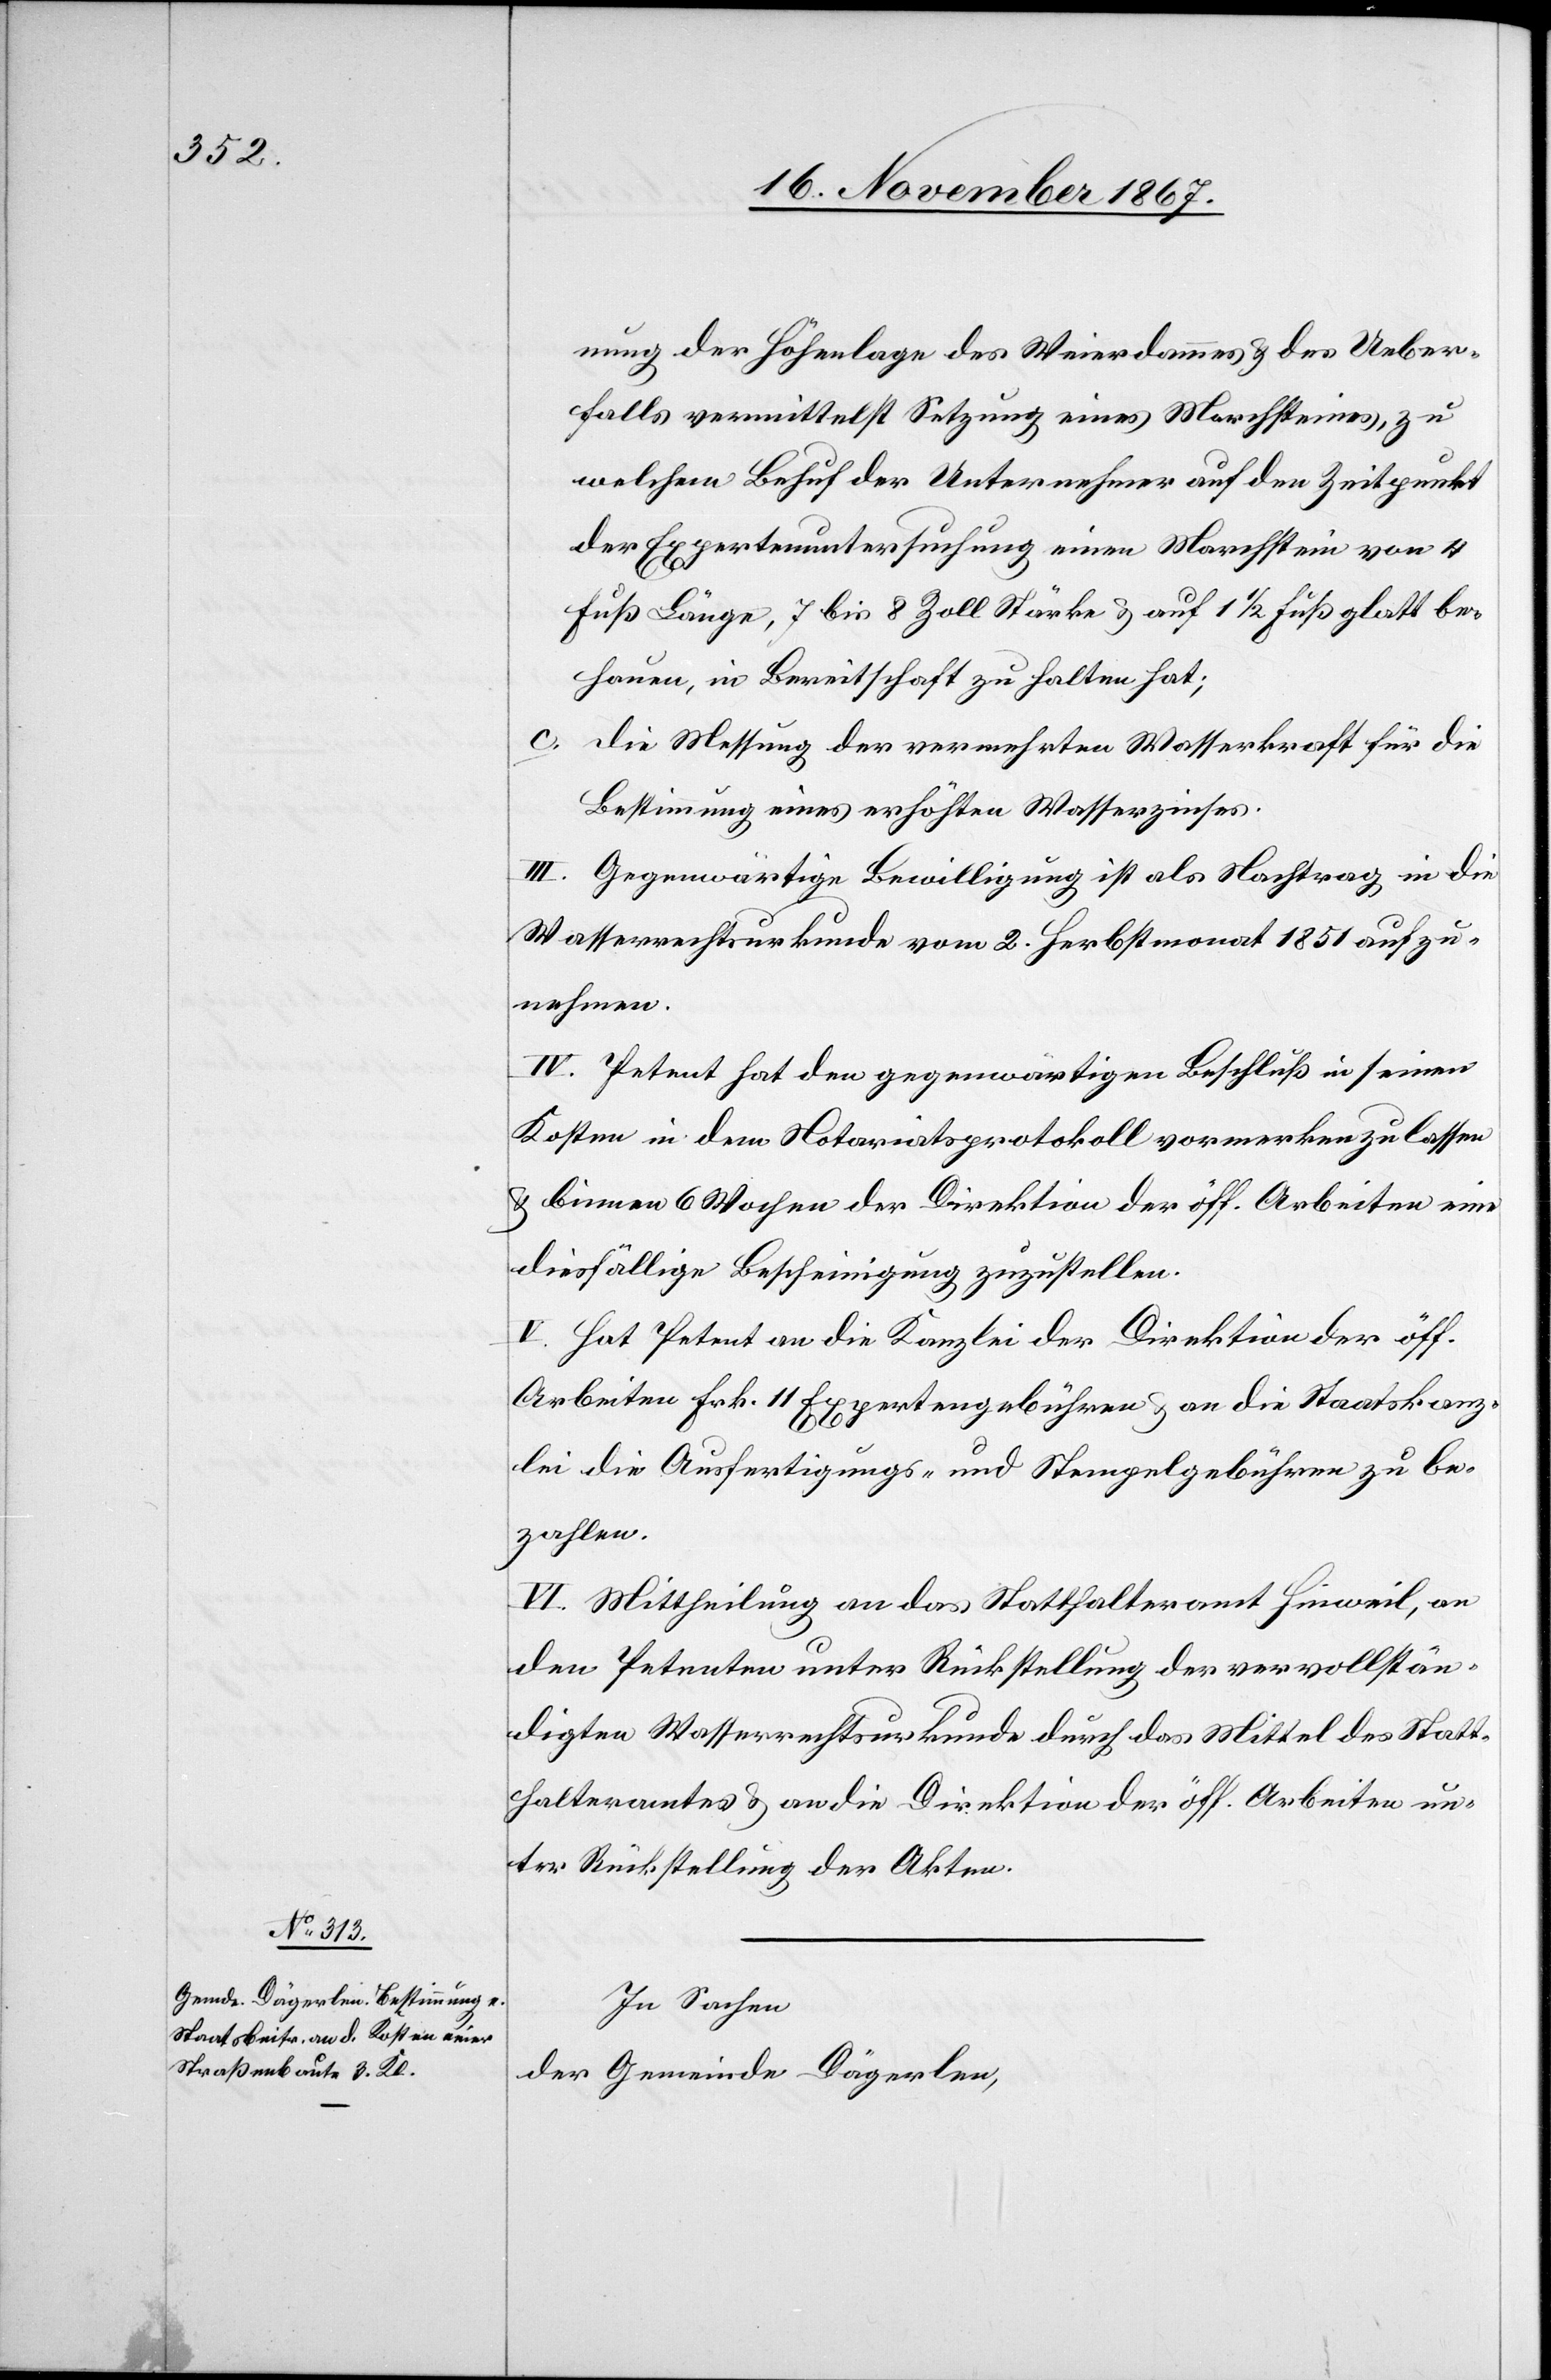
nung der Höhenlage des Weierdammes u. des Ueber¬
falls vermittelst Setzung eines Marchsteines, zu
welchem Behuf der Unternehmer auf den Zeitpunkt
der Expertenuntersuchung einen Marchstein von 4
Fuß Länge, 7 bis 8 Zoll Stärke u. auf 1½ Fuß glatt be¬
hauen, in Bereitschaft zu halten hat;
c. die Messung der vermehrten Wasserkraft für die
Bestimmung eines erhöhten Wasserzinses.
III. Gegenwärtige Bewilligung ist als Nachtrag in die
Wasserrechtsurkunde vom 2. Herbstmonat 1851 aufzu¬
nehmen.
IV. Petent hat den gegenwärtigen Beschluß in seinen
Kosten in dem Notariatsprotokoll vormerken zu lassen
u. binnen 6 Wochen der Direktion der öff. Arbeiten eine
diesfällige Bescheinigung zuzustellen.
V. Hat Petent an die Kanzlei der Direktion der öff.
Arbeiten Frk. 11 Expertengebühren u. an die Staatskanz¬
lei die Ausfertigungs- und Stempelgebühren zu be¬
zahlen.
VI. Mittheilung an das Statthalteramt Hinweil, an
den Petenten unter Rückstellung der vervollstän¬
digten Wasserrechtsurkunde durch das Mittel des Statt¬
halteramtes u. an die Direktion der öff. Arbeiten un¬
ter Rückstellung der Akten.
In Sachen
der Gemeinde Dägerlen,